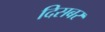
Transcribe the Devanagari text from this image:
दिसबर